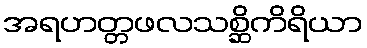
အရဟတ္တဖလသစ္ဆိကိရိယာ